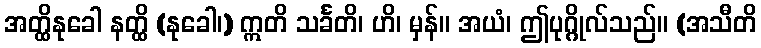
အတ္ထိနုခေါ နတ္ထိ (နုခေါ၊) ဣတိ သင်္ခတိ၊ ဟိ၊ မှန်။ အယံ၊ ဤပုဂ္ဂိုလ်သည်။ (အသီတိ